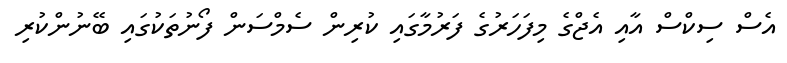
އެސް ސިކްސް އާއި އެޖްގެ މިފަހަރުގެ ފަރުމާގައި ކުރިން ސެމްސަން ފޯނުތަކުގައި ބޭނުންކުރި